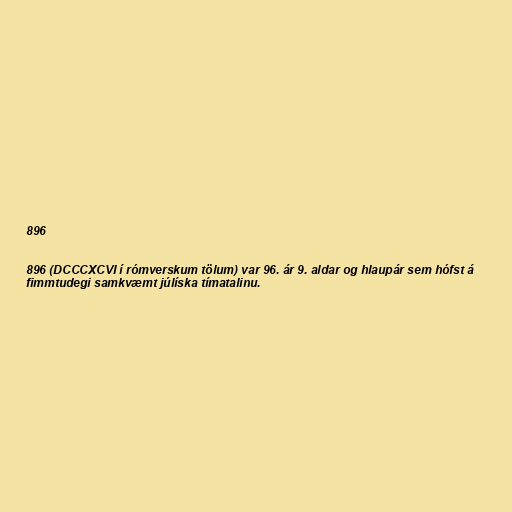
896

896 (DCCCXCVI í rómverskum tölum) var 96. ár 9. aldar og hlaupár sem hófst á
fimmtudegi samkvæmt júlíska tímatalinu.